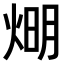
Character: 𤊉